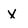
Character: x